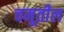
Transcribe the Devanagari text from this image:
चमूतील